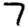
Digit: 7